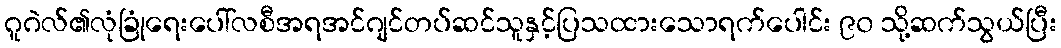
ဂူဂဲလ်၏လုံခြုံရေးပေါ်လစီအရအင်ဂျင်တပ်ဆင်သူနှင့်ပြသထားသောရက်ပေါင်း ၉၀ သို့ဆက်သွယ်ပြီး